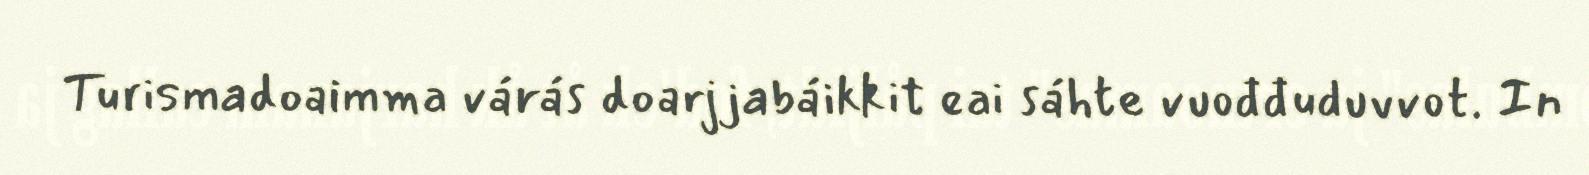
Turismadoaimma várás doarjjabáikkit eai sáhte vuođđuduvvot. In